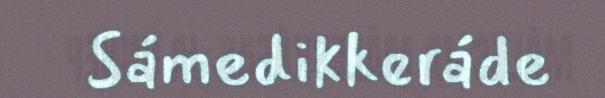
Sámedikkeráde